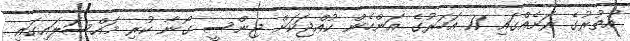
އުތުރުގެ ރަށެއްގައި 11 އަހަރުގެ އަންހެން ކުއްޖަކަށް ޖިންސީ ގޯނާ ކުރި މައްސަލައިގައި